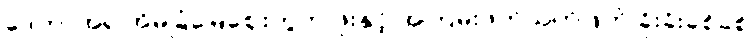
ဒေတာအရ အိမ်ခြံမြေဈေးကွက် ဖိုးနှင့် အကြမ်းဖက်သတ်ဖြတ် ခိုးခိုးခစ်ခစ်